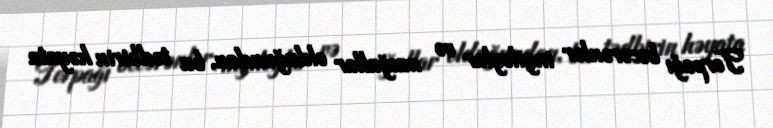
Torpağı becərənlər ingiloylar və muğallar olduğundan, bu tədbirin həyata